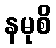
နမုစိ